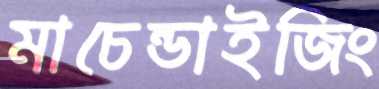
মাচেন্ডাইজিং